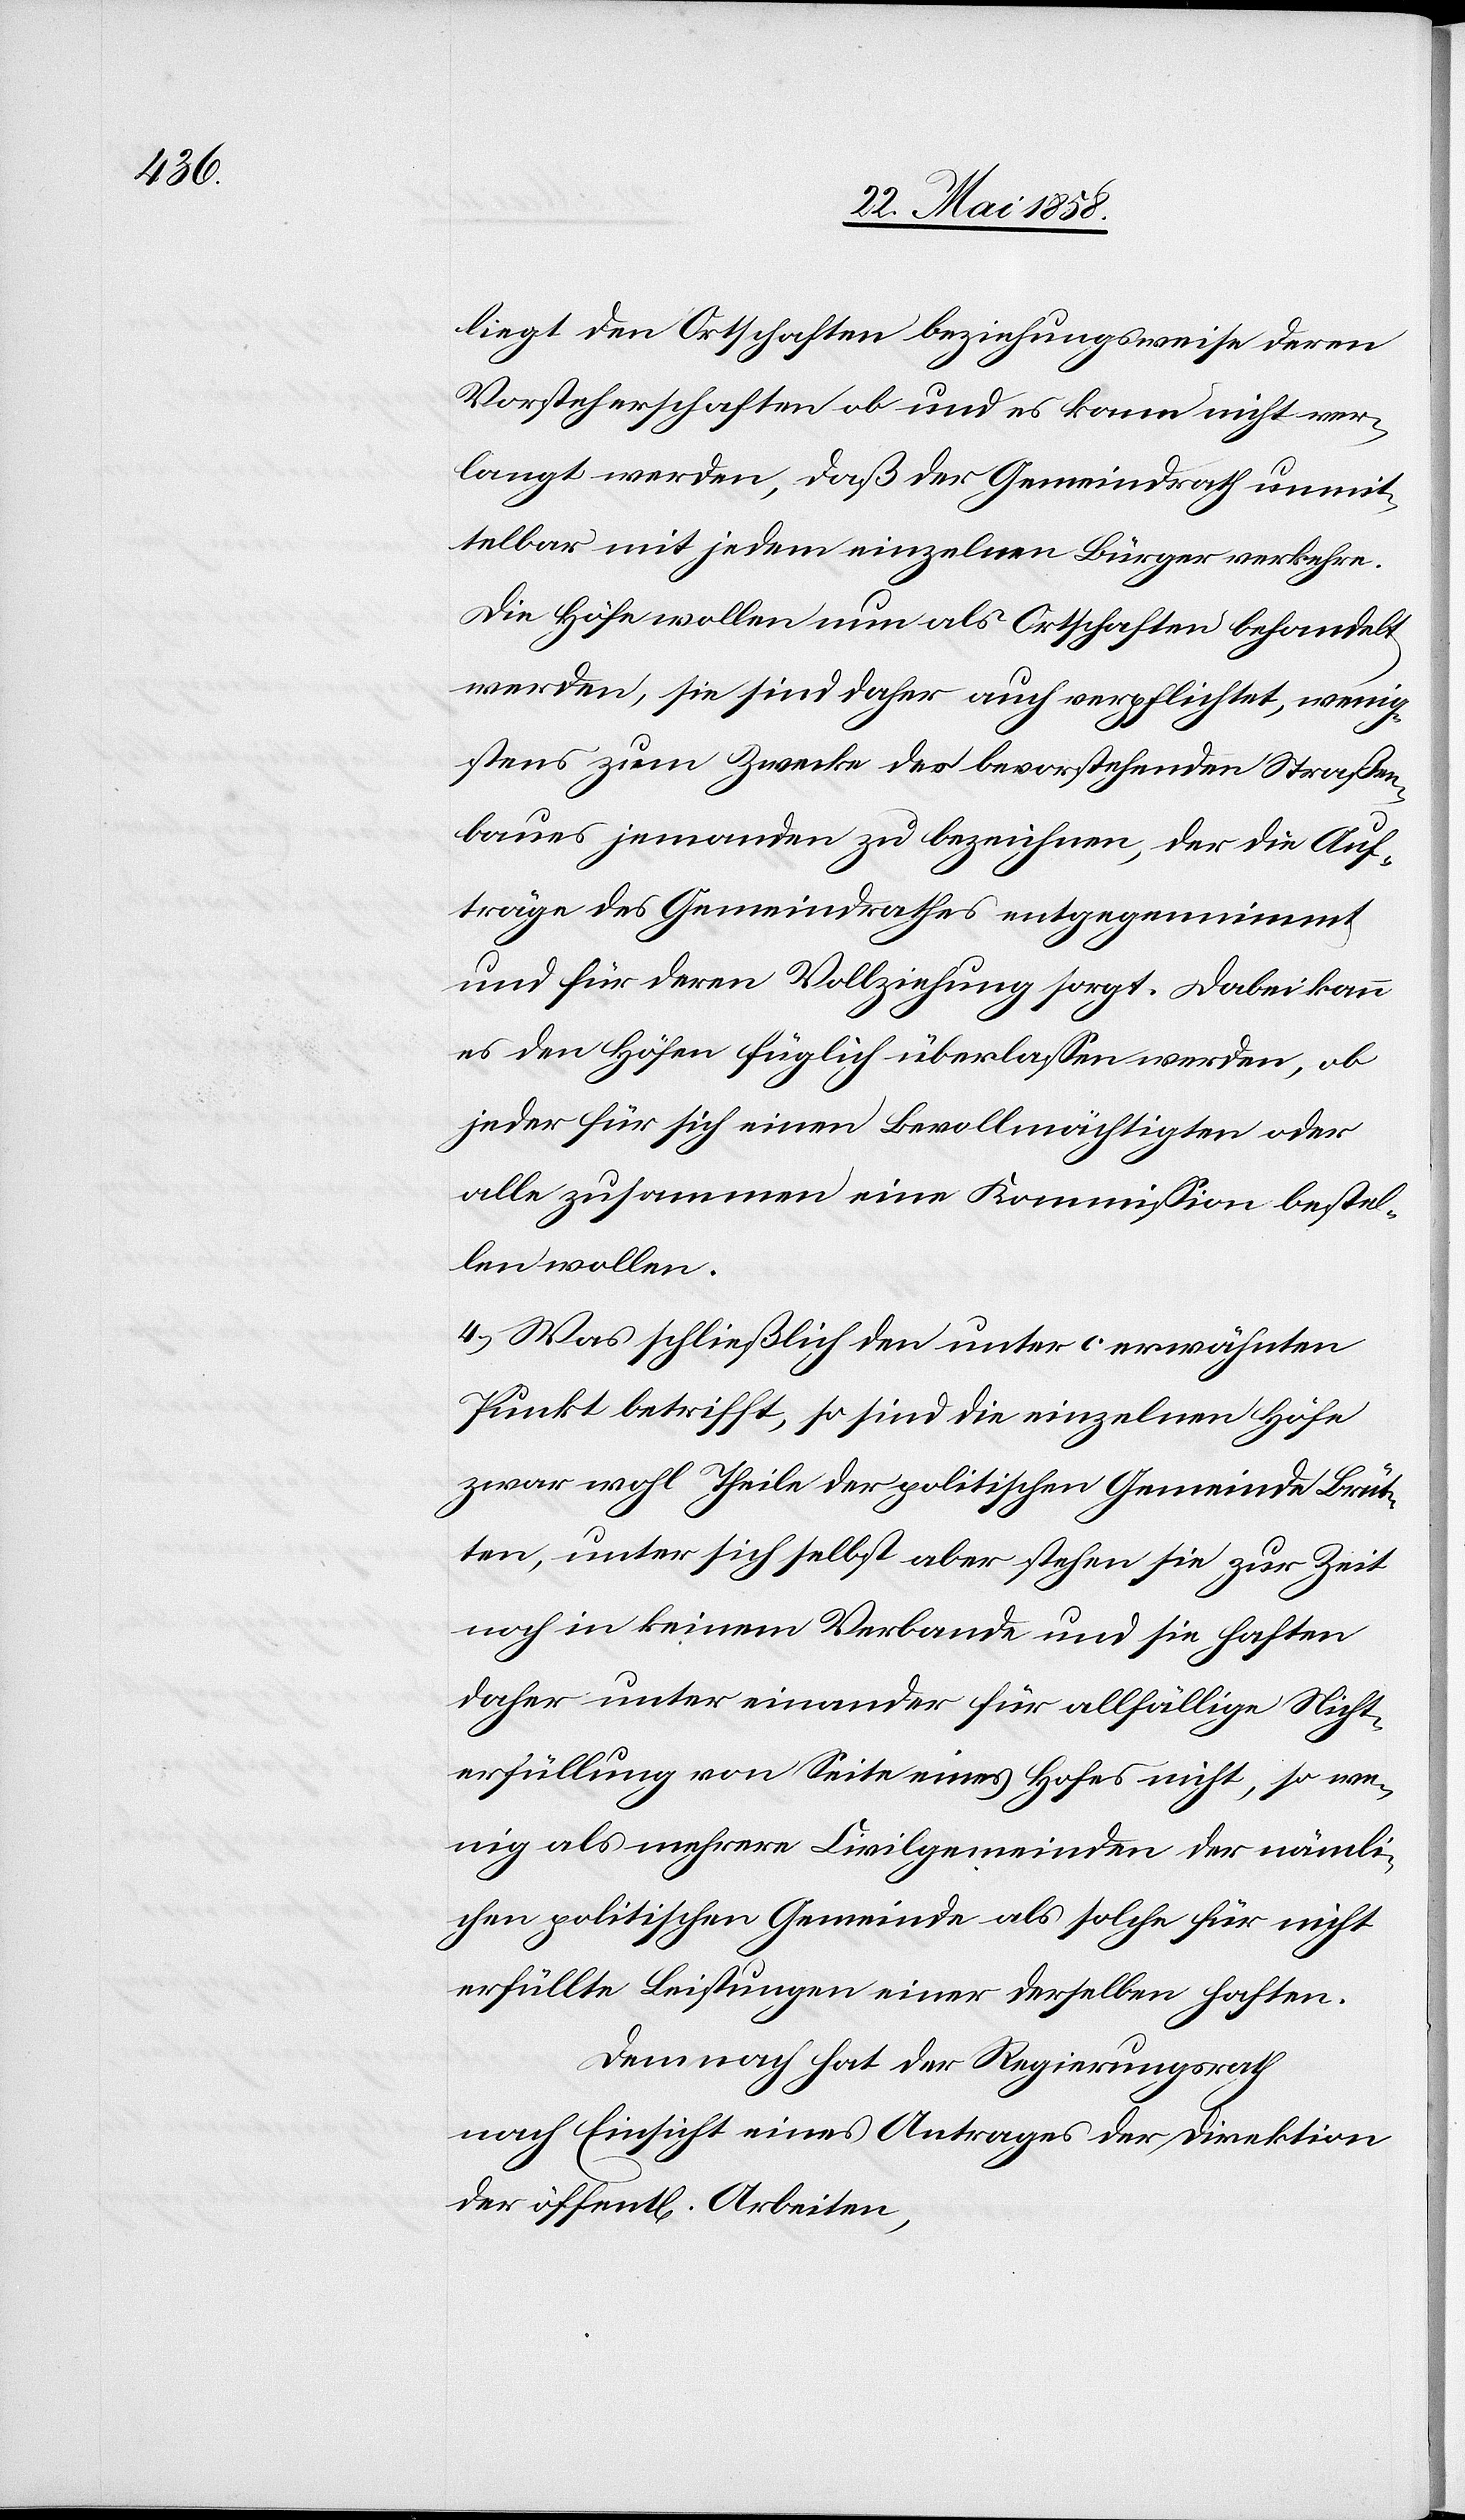
liegt den Ortschaften beziehungsweise deren
Vorsteherschaften ob und es kann nicht ver¬
langt werden, daß der Gemeindrath unmit¬
telbar mit jedem einzelnen Bürger verkehre.
Die Höfe wollen nun als Ortschaften behandelt
werden, sie sind daher auch verpflichtet, wenig¬
stens zum Zwecke des bevorstehenden Straßen¬
baues jemanden zu bezeichnen, der die Auf¬
träge des Gemeindrathes entgegennimmt
und für deren Vollziehung sorgt. Dabei kann
es den Höfen füglich überlassen werden, ob
jeder für sich einen Bevollmächtigen oder
alle zusammen eine Kommission bestel¬
len wollen.
4. Was schließlich den unter c erwähnten
Punkt betrifft, so sind die einzelnen Höfe
zwar wohl Theile der politischen Gemeinde Brüt¬
ten, unter sich selbst aber stehen sie zur Zeit
noch in keinem Verbande und sie haften
daher unter einander für allfällige Nicht¬
erfüllung von Seite eines Hofes nicht, so we¬
nig als mehrere Civilgemeinden der nämli¬
chen politischen Gemeinde als solche für nicht
erfüllte Leistungen einer derselben haften.
Demnach hat der Regierungsrath
nach Einsicht eines Antrages der Direktion
der öffent[lichen] Arbeiten,